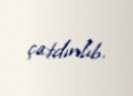
çatdırılıb.